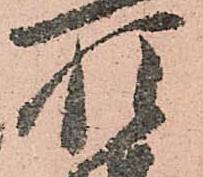
惶